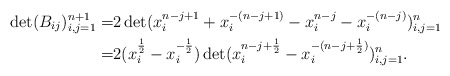
\begin{align*}\det(B_{ij})^{n+1}_{i,j=1}=&2\det(x^{n-j+1}_i+x^{-(n-j+1)}_i-x^{n-j}_i-x^{-(n-j)}_i)^{n}_{i,j=1}\\=&2(x^{\frac{1}{2}}_i-x^{-\frac{1}{2}}_i)\det(x^{n-j+\frac{1}{2}}_i-x^{-(n-j+\frac{1}{2})}_i)^{n}_{i,j=1}.\end{align*}